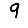
Digit: 9